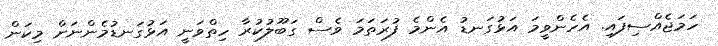
ހަަމަޖެއްސިފައި. އެހެންވީމަ އަޅުގަނޑު އެންމެ ފުރަތަމަ ވެސް ގަބޫލުކުރާ ހިތްވަނީ އަޅުގަނޑުމެންނަށް މިކަން